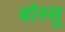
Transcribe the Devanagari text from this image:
बोस्सू